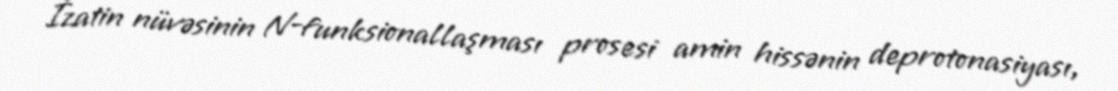
İzatin nüvəsinin N-funksionallaşması prosesi amin hissənin deprotonasiyası,